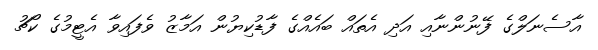
އާސެނަލްގެ ފޭނުންނާއި އަދި އެތައް ބައެއްގެ ފާޑުކިޔުން އަމާޒު ވެފައިވާ އެޓީމުގެ ކޯޗު